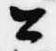
公